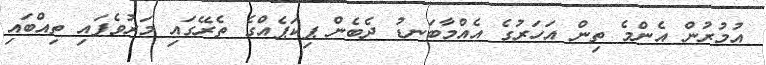
އުމުރުން އެންމެ ތިން އަހަރުގެ އެއްމާބަނޑު ދެބެން ޕިކަޕެއްގެ ތެރޭގައި މަރުވެފައި ތިއްބައި